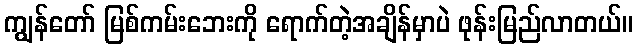
ကျွန်တော် မြစ်ကမ်းဘေးကို ရောက်တဲ့အချိန်မှာပဲ ဖုန်းမြည်လာတယ်။